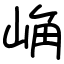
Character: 崅